Report of the Indian Hemp Drugs Commission, 1894-1895 - Volume V
Year: 1894
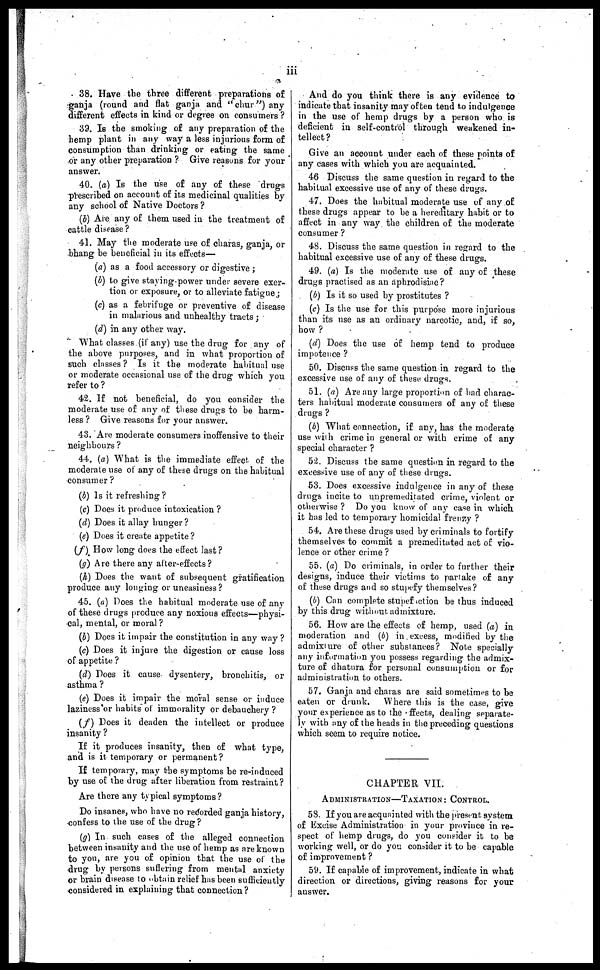
111
38. Have the three different preparations of
ganja (round and flat ganja and "chur") any
different effects in kind or degree on consumers ?
39. Is the smoking of any preparation of the
hemp plant in any way a less injurious form of
consumption than drinking or eating the same
or any other preparation ? Give reasons for your
answer.
40. (a) Is the use of any of these drugs
prescribed on account of its medicinal qualities by
any school of Native Doctors ?
(b) Are any of them used in the treatment of
cattle disease?
41. May the moderate use of charas, ganja, or
bhang be beneficial in its effects—
(a) as a food accessory or digestive ;
(b) to give staying-power under severe exer-
tion or exposure, or to alleviate fatigue;
(c) as a febrifuge or preventive of disease
in malarious and unhealthy tracts;
(d) in any other way.
What classes (if any) use the drug for any of
the above purposes, and in what proportion of
such classes ? Is it the moderate habitual use
or moderate occasional use of the drug which you
refer to ?
42. If not beneficial, do you consider the
moderate use of any of these drugs to be harm-
less ? Give reasons for your answer.
43. Are moderate consumers inoffensive to their
neighbours ?
44. (a) What is the immediate effect of the
moderate use of any of these drugs on the habitual
consumer ?
(b) Is it refreshing?
(c) Does it produce intoxication ?
(d) Does it allay hunger ?
(e) Does it create appetite?
(f) How long does the effect last?
(g) Are there any after-effects?
(h) Does the want of subsequent gratification
produce any longing or uneasiness?
45. (a) Does the habitual moderate use of any
of these drugs produce any noxious effects—physi-
cal, mental, or moral?
(b) Does it impair the constitution in any way?
(c) Does it injure the digestion or cause loss
of appetite?
(d) Does it cause dysentery, bronchitis, or
asthma?
(e) Does it impair the moral sense or induce
laziness or habits of immorality or debauchery?
(f) Does it deaden the intellect or produce
insanity?
If it produces insanity, then of what type,
and is it temporary or permanent?
If temporary, may the symptoms be re-induced
by use of the drug after liberation from restraint?
Are there any typical symptoms?
Do insanes, who have no redorded ganja history,
confess to the use of the drug?
(g) In such eases of the alleged connection
between insanity and the use of hemp as are known
to you, are you of opinion that the use of the
drug by persons suffering from mental anxiety
or brain disease to obtain relief has been sufficiently
considered in explaining that connection?
And do you think there is any evidence to
indicate that insanity may often tend to indulgence
in the use of hemp drugs by a person who. is
deficient in self-control through weakened in-
tellect?
Give an account under each of these points of
any cases with which you are acquainted.
46 Discuss the same question in regard to the
habitual excessive use of any of these drugs.
47. Does the habitual moderate use of any of
these drugs appear to be a hereditary habit or to
affect in any way. the children of the moderate
consumer?
48. Discuss the same question in regard to the
habitual excessive use of any of these drugs.
49. (a) Is the moderate use of any of these
drugs practised as an aphrodisiac?
(b) Is it so used by prostitutes?
(c) Is the use for this purpose more injurious
than its use as an ordinary narcotic, and, if so,
how?
(d) Does the use of hemp tend to produce
impotence?
50. Discuss the same question in regard to the
excessive use of any of these drugs.
51. (a) Are any large proportion of had charac-
ters habitual moderate consumers of any of these
drugs?
(b) What connection, if any, has the moderate
use with crime in general or with crime of any
special character?
52. Discuss the same question in regard to the
excessive use of any of these drugs.
53. Does excessive indulgence in any of these
drugs incite to unpremeditated crime, violent or
otherwise? Do you know of any case in which
it has led to temporary homicidal frenzy?
54. Are these drugs used by criminals to fortify
themselves to commit a premeditated act of vio-
lence or other crime?
55. (a) Do criminals, in order to further their
designs, induce their victims to partake of any
of these drugs and so stupefy themselves?
(b) Can complete stupef action be thus induced
by this drug without admixture.
56. How are the effects of hemp, used (a) in
moderation and (b) in excess, modified by the
admixture of other substances? Note specially
any information you possess regarding the admix-
ture of dhatura for personal consumption or for
administration to others.
57. Ganja and charas are said sometimes to be
eaten or drunk. Where this is the case, give
your experience as to the effects, dealing separate-
ly with any of the heads in the preceding questions
which seem to require notice.
CHAPTER VII.
ADMINISTRATION—TAXATION: CONTROL.
58. If you are acquainted with the present system
of Excise Administration in your province in re-
spect of hemp drugs, do you consider it to be
working well, or do you consider it to be capable
of improvement?
59. If capable of improvement, indicate in what
direction or directions, giving reasons for your
answer.